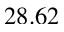
2 8 . 6 2